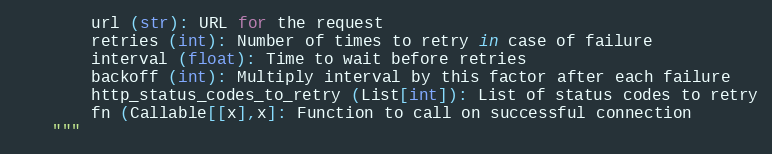
Language: Python
        url (str): URL for the request
        retries (int): Number of times to retry in case of failure
        interval (float): Time to wait before retries
        backoff (int): Multiply interval by this factor after each failure
        http_status_codes_to_retry (List[int]): List of status codes to retry
        fn (Callable[[x],x]: Function to call on successful connection
    """